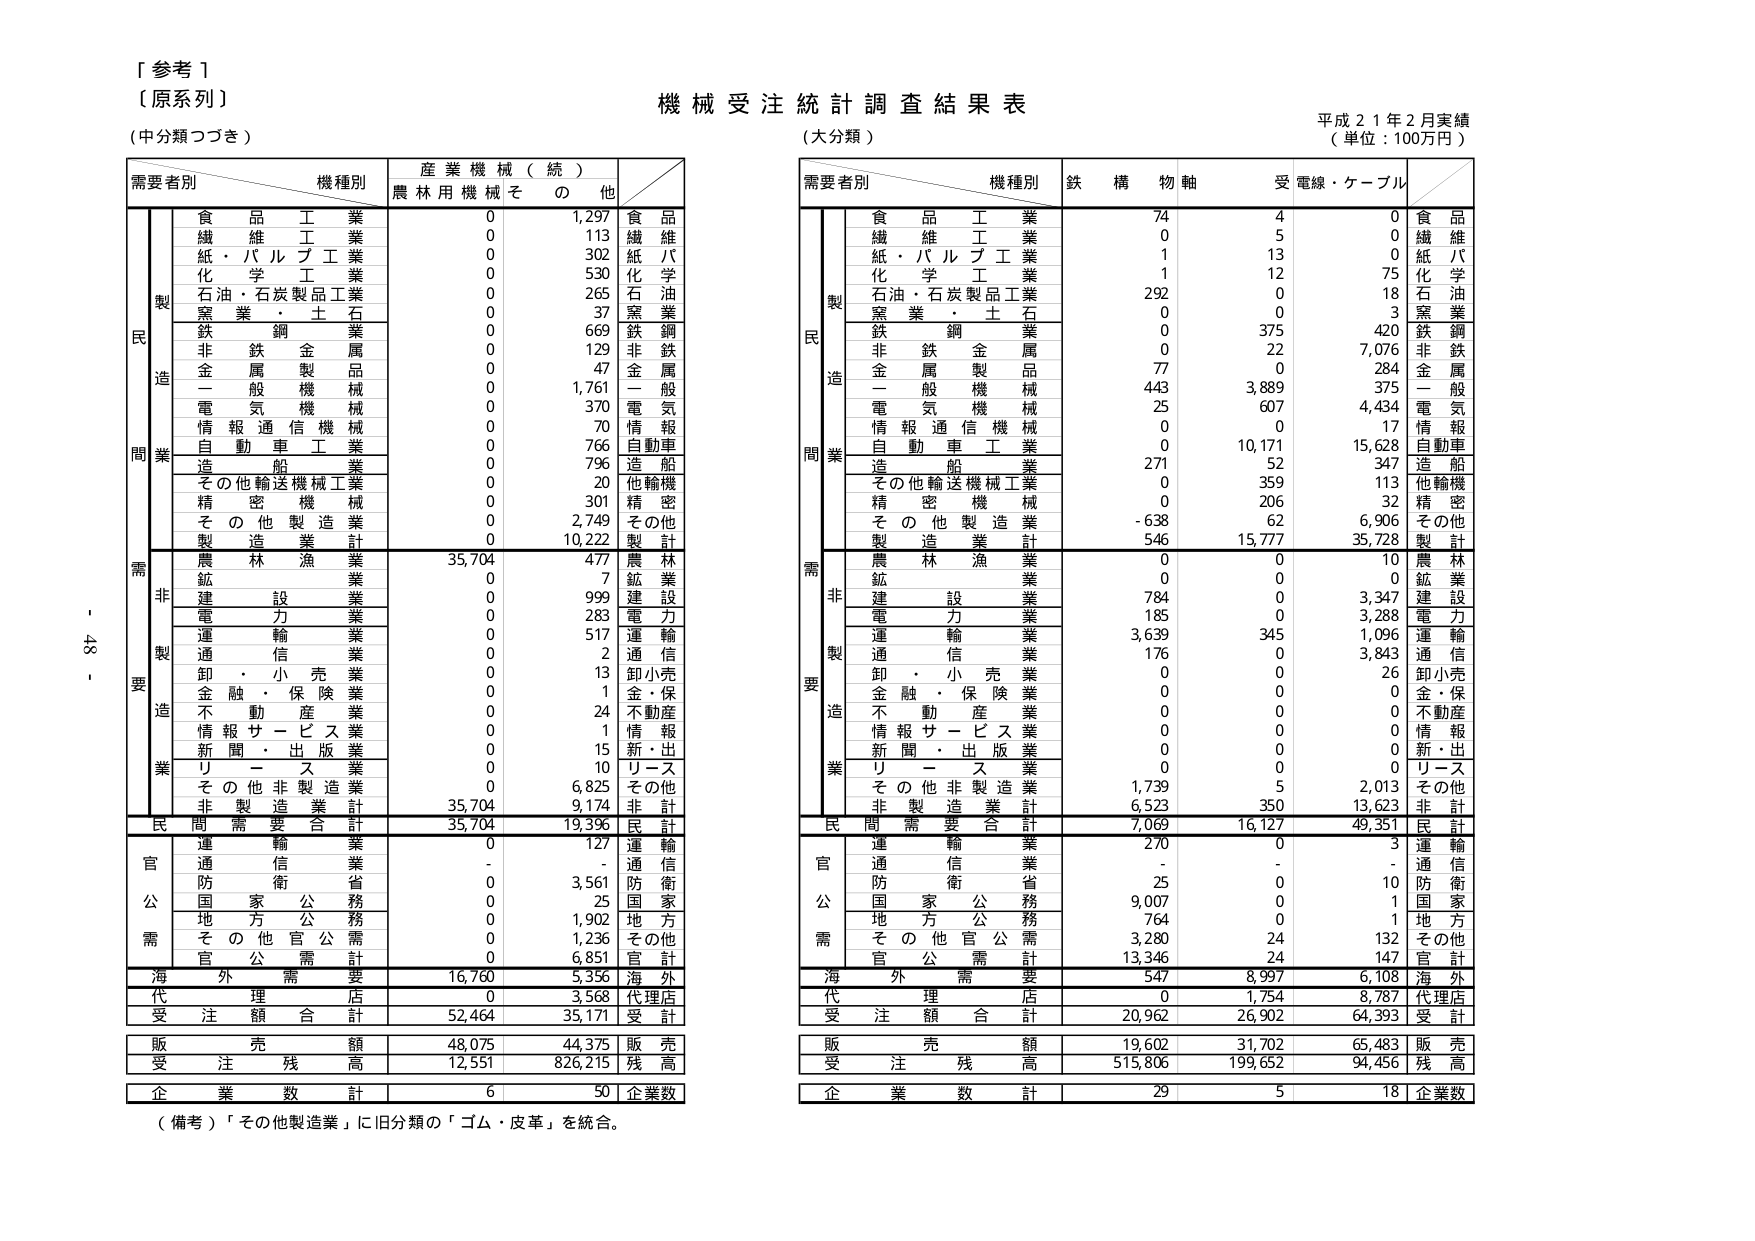
[ 参考 1 ]
（原系列）
（中分類つづき）

機械受注統計調査結果表
（大分類）
平成21年2月実績
（単位：100万円）

需要者別　機種別　産業機械（続）
　　　　　　　農林用機械　その他

　　　　　　食品工業　　　　0　　　1,297　　食品
　　　　　　繊維工業　　　　0　　　　113　　繊維
　　　　　　紙・パルプ工業　　0　　　　302　　紙・パル
　　　　　　化学工業　　　　0　　　　530　　化学
　　　　　　石油・石炭製品工業　0　　　265　　石油
　　　　　　窯業・土石　　　　0　　　　37　　窯業
　　　　　　鉄鋼業　　　　　　0　　　669　　鉄鋼
　　　　　　非鉄金属　　　　0　　　　129　　非鉄
　　　　　　金属製品　　　　0　　　　47　　金属
　　　　　　一般機械　　　　0　　　1,761　　一般
　　　　　　電気機械　　　　0　　　　370　　電気
　　　　　　情報通信機械　　0　　　　70　　情報
　　　　　　自動車工業　　　0　　　766　　自動車
　　　　　　造船業　　　　　0　　　796　　造船
　　　　　　その他輸送機械工業　0　　　20　　他輸機
　　　　　　精密機械　　　　0　　　301　　精密
　　　　　　その他製造業　　0　　　2,749　　その他
　　　　　　製造業計　　　　0　　　10,222　　製計

　　　　　　農林漁業　　　35,704　　477　　農林
　　　　　　鉱業　　　　　　0　　　　7　　鉱業
　　　　　　建設業　　　　　0　　　999　　建設
　　　　　　電力業　　　　　0　　　283　　電力
　　　　　　運輸業　　　　　0　　　517　　運輸
　　　　　　通信業　　　　　0　　　　2　　通信
　　　　　　卸・小売業　　　0　　　　13　　卸小売
　　　　　　金融・保険業　　0　　　　1　　金・保
　　　　　　不動産業　　　　0　　　　24　　不動産
　　　　　　情報サービス業　0　　　　1　　情報
　　　　　　新聞・出版業　　0　　　　15　　新・出
　　　　　　リース業　　　　0　　　　10　　リース
　　　　　　その他非製造業　0　　　6,825　　その他
　　　　　　非製造業計　　35,704　　9,174　　非計

　　　　　　民間需要合計　35,704　　19,396　　民計

　　　　　　運輸業　　　　　0　　　127　　運輸
　　　　　　通信業　　　　　-　　　　-　　通信
　　　　　　防衛省　　　　　0　　　3,561　　防衛
　　　　　　国家公務　　　　0　　　　25　　国家
　　　　　　地方公務　　　　0　　　1,902　　地方
　　　　　　その他官公需　　0　　　1,236　　その他
　　　　　　官公需計　　　　0　　　6,851　　官計

　　　　　　海外需要　　　16,760　　5,356　　海外

　　　　　　代理店　　　　　0　　　3,568　　代理店

　　　　　　受注額合計　　52,464　　35,171　　受計

　　　　　　販売額　　　　48,075　　44,375　　販売

　　　　　　受注残高　　　12,551　　826,215　　残高

　　　　　　企業数計　　　　6　　　　50　　企業数

（備考）「その他製造業」に旧分類の「ゴム・皮革」を統合。

需要者別　機種別　鉄構物軸　受電線・ケーブル

　　　　　　食品工業　　　　74　　　　4　　　　0　　食品
　　　　　　繊維工業　　　　0　　　　5　　　　0　　繊維
　　　　　　紙・パルプ工業　　1　　　　13　　　　0　　紙・パル
　　　　　　化学工業　　　　1　　　　12　　　　75　　化学
　　　　　　石油・石炭製品工業　292　　　0　　　　18　　石油
　　　　　　窯業・土石　　　　0　　　　0　　　　3　　窯業
　　　　　　鉄鋼業　　　　　　0　　　375　　　420　　鉄鋼
　　　　　　非鉄金属　　　　0　　　　22　　　7,076　　非鉄
　　　　　　金属製品　　　　77　　　　0　　　284　　金属
　　　　　　一般機械　　　　443　　　3,889　　375　　一般
　　　　　　電気機械　　　　25　　　　607　　　4,434　　電気
　　　　　　情報通信機械　　0　　　　0　　　　17　　情報
　　　　　　自動車工業　　　0　　　10,171　　15,628　　自動車
　　　　　　造船業　　　　　271　　　52　　　347　　造船
　　　　　　その他輸送機械工業　0　　　359　　　113　　他輸機
　　　　　　精密機械　　　　0　　　206　　　32　　精密
　　　　　　その他製造業　　-638　　　62　　　6,906　　その他
　　　　　　製造業計　　　　546　　　15,777　　35,728　　製計

　　　　　　農林漁業　　　　0　　　　0　　　　10　　農林
　　　　　　鉱業　　　　　　0　　　　0　　　　0　　鉱業
　　　　　　建設業　　　　　784　　　0　　　3,347　　建設
　　　　　　電力業　　　　　185　　　0　　　3,288　　電力
　　　　　　運輸業　　　　　3,639　　　345　　　1,096　　運輸
　　　　　　通信業　　　　　176　　　0　　　3,843　　通信
　　　　　　卸・小売業　　　0　　　　0　　　　26　　卸小売
　　　　　　金融・保険業　　0　　　　0　　　　0　　金・保
　　　　　　不動産業　　　　0　　　　0　　　　0　　不動産
　　　　　　情報サービス業　0　　　　0　　　　0　　情報
　　　　　　新聞・出版業　　0　　　　0　　　　0　　新・出
　　　　　　リース業　　　　0　　　　0　　　　0　　リース
　　　　　　その他非製造業　1,739　　　5　　　2,013　　その他
　　　　　　非製造業計　　6,523　　　350　　　13,623　　非計

　　　　　　民間需要合計　7,069　　　16,127　　49,351　　民計

　　　　　　運輸業　　　　　270　　　0　　　　3　　運輸
　　　　　　通信業　　　　　-　　　　-　　　　-　　通信
　　　　　　防衛省　　　　　25　　　　0　　　　10　　防衛
　　　　　　国家公務　　　　9,007　　　0　　　　1　　国家
　　　　　　地方公務　　　　764　　　　0　　　　1　　地方
　　　　　　その他官公需　　3,280　　　24　　　132　　その他
　　　　　　官公需計　　　　13,346　　　24　　　147　　官計

　　　　　　海外需要　　　　547　　　8,997　　6,108　　海外

　　　　　　代理店　　　　　0　　　1,754　　　8,787　　代理店

　　　　　　受注額合計　　20,962　　　26,902　　64,393　　受計

　　　　　　販売額　　　　19,602　　　31,702　　65,483　　販売

　　　　　　受注残高　　　515,806　　　199,652　　94,456　　残高

　　　　　　企業数計　　　　29　　　　5　　　　18　　企業数

- 43 -